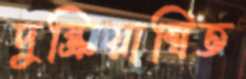
দুষ্ক্রিয়ান্বিত